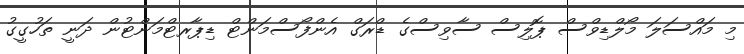
މި މައްސަލަ މޯލްޑިވްސް ޕޮލިސް ސާވިސްގެ ޑްރަގް އެންފޯސްމަންޓް ޑިޕާރޓްމަންޓުން ދަނީ ތަހުގީގު